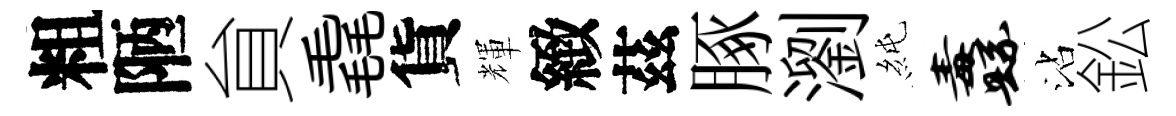
粗陋貟毳貨輝緻茲䐁瀏純纛沾鈆